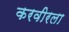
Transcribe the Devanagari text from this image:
करवीरला